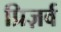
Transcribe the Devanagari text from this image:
प्रिज़र्व